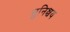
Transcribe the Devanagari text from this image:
सुनिश्चय